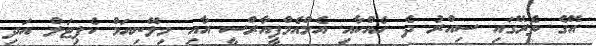
އޭގެ ތެރޭގައި ސިއްރު ދެ ހެއްކާއި އެމްއެމްޕީއާރްސީ އާއި މިލޭނިއަމް ކެޕިޓަލް އަދި